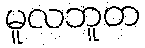
မူလဘူတ